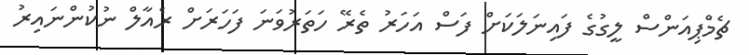
ޗެމްޕިއަންސް ލީގުގެ ފައިނަލަކަށް ފަސް އަހަރު ތެރޭ ހަތަރުވަނަ ފަހަރަށް ރެއާލް ނުކުންނައިރު